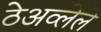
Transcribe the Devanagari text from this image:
ठेअव्लेले